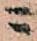
ニ